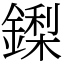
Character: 鏫